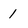
Character: 1